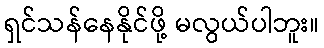
ရှင်သန်နေနိုင်ဖို့ မလွယ်ပါဘူး။